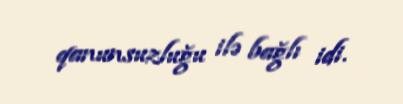
qanunsuzluğu ilə bağlı idi.